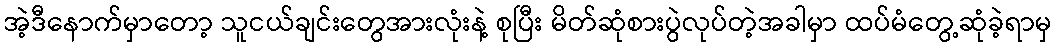
အဲ့ဒီနောက်မှာတော့ သူငယ်ချင်းတွေအားလုံးနဲ့ စုပြီး မိတ်ဆုံစားပွဲလုပ်တဲ့အခါမှာ ထပ်မံတွေ့ဆုံခဲ့ရာမှ